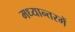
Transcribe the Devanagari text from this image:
मध्यान्तरमें